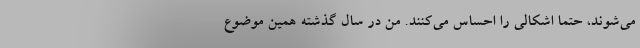
می‌شوند، حتماً اشکالی را احساس می‌کنند. من در سال گذشته همین موضوع